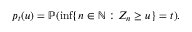
p _ { t } ( u ) = \mathbb { P } ( \operatorname* { i n f } \{ n \in \mathbb { N } : Z _ { n } \geq u \} = t ) .